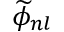
\widetilde { \phi } _ { n l }